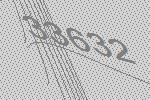
33632